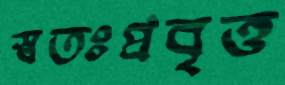
স্বতঃপ্রবৃত্ত